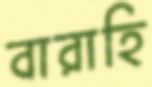
বারাহি